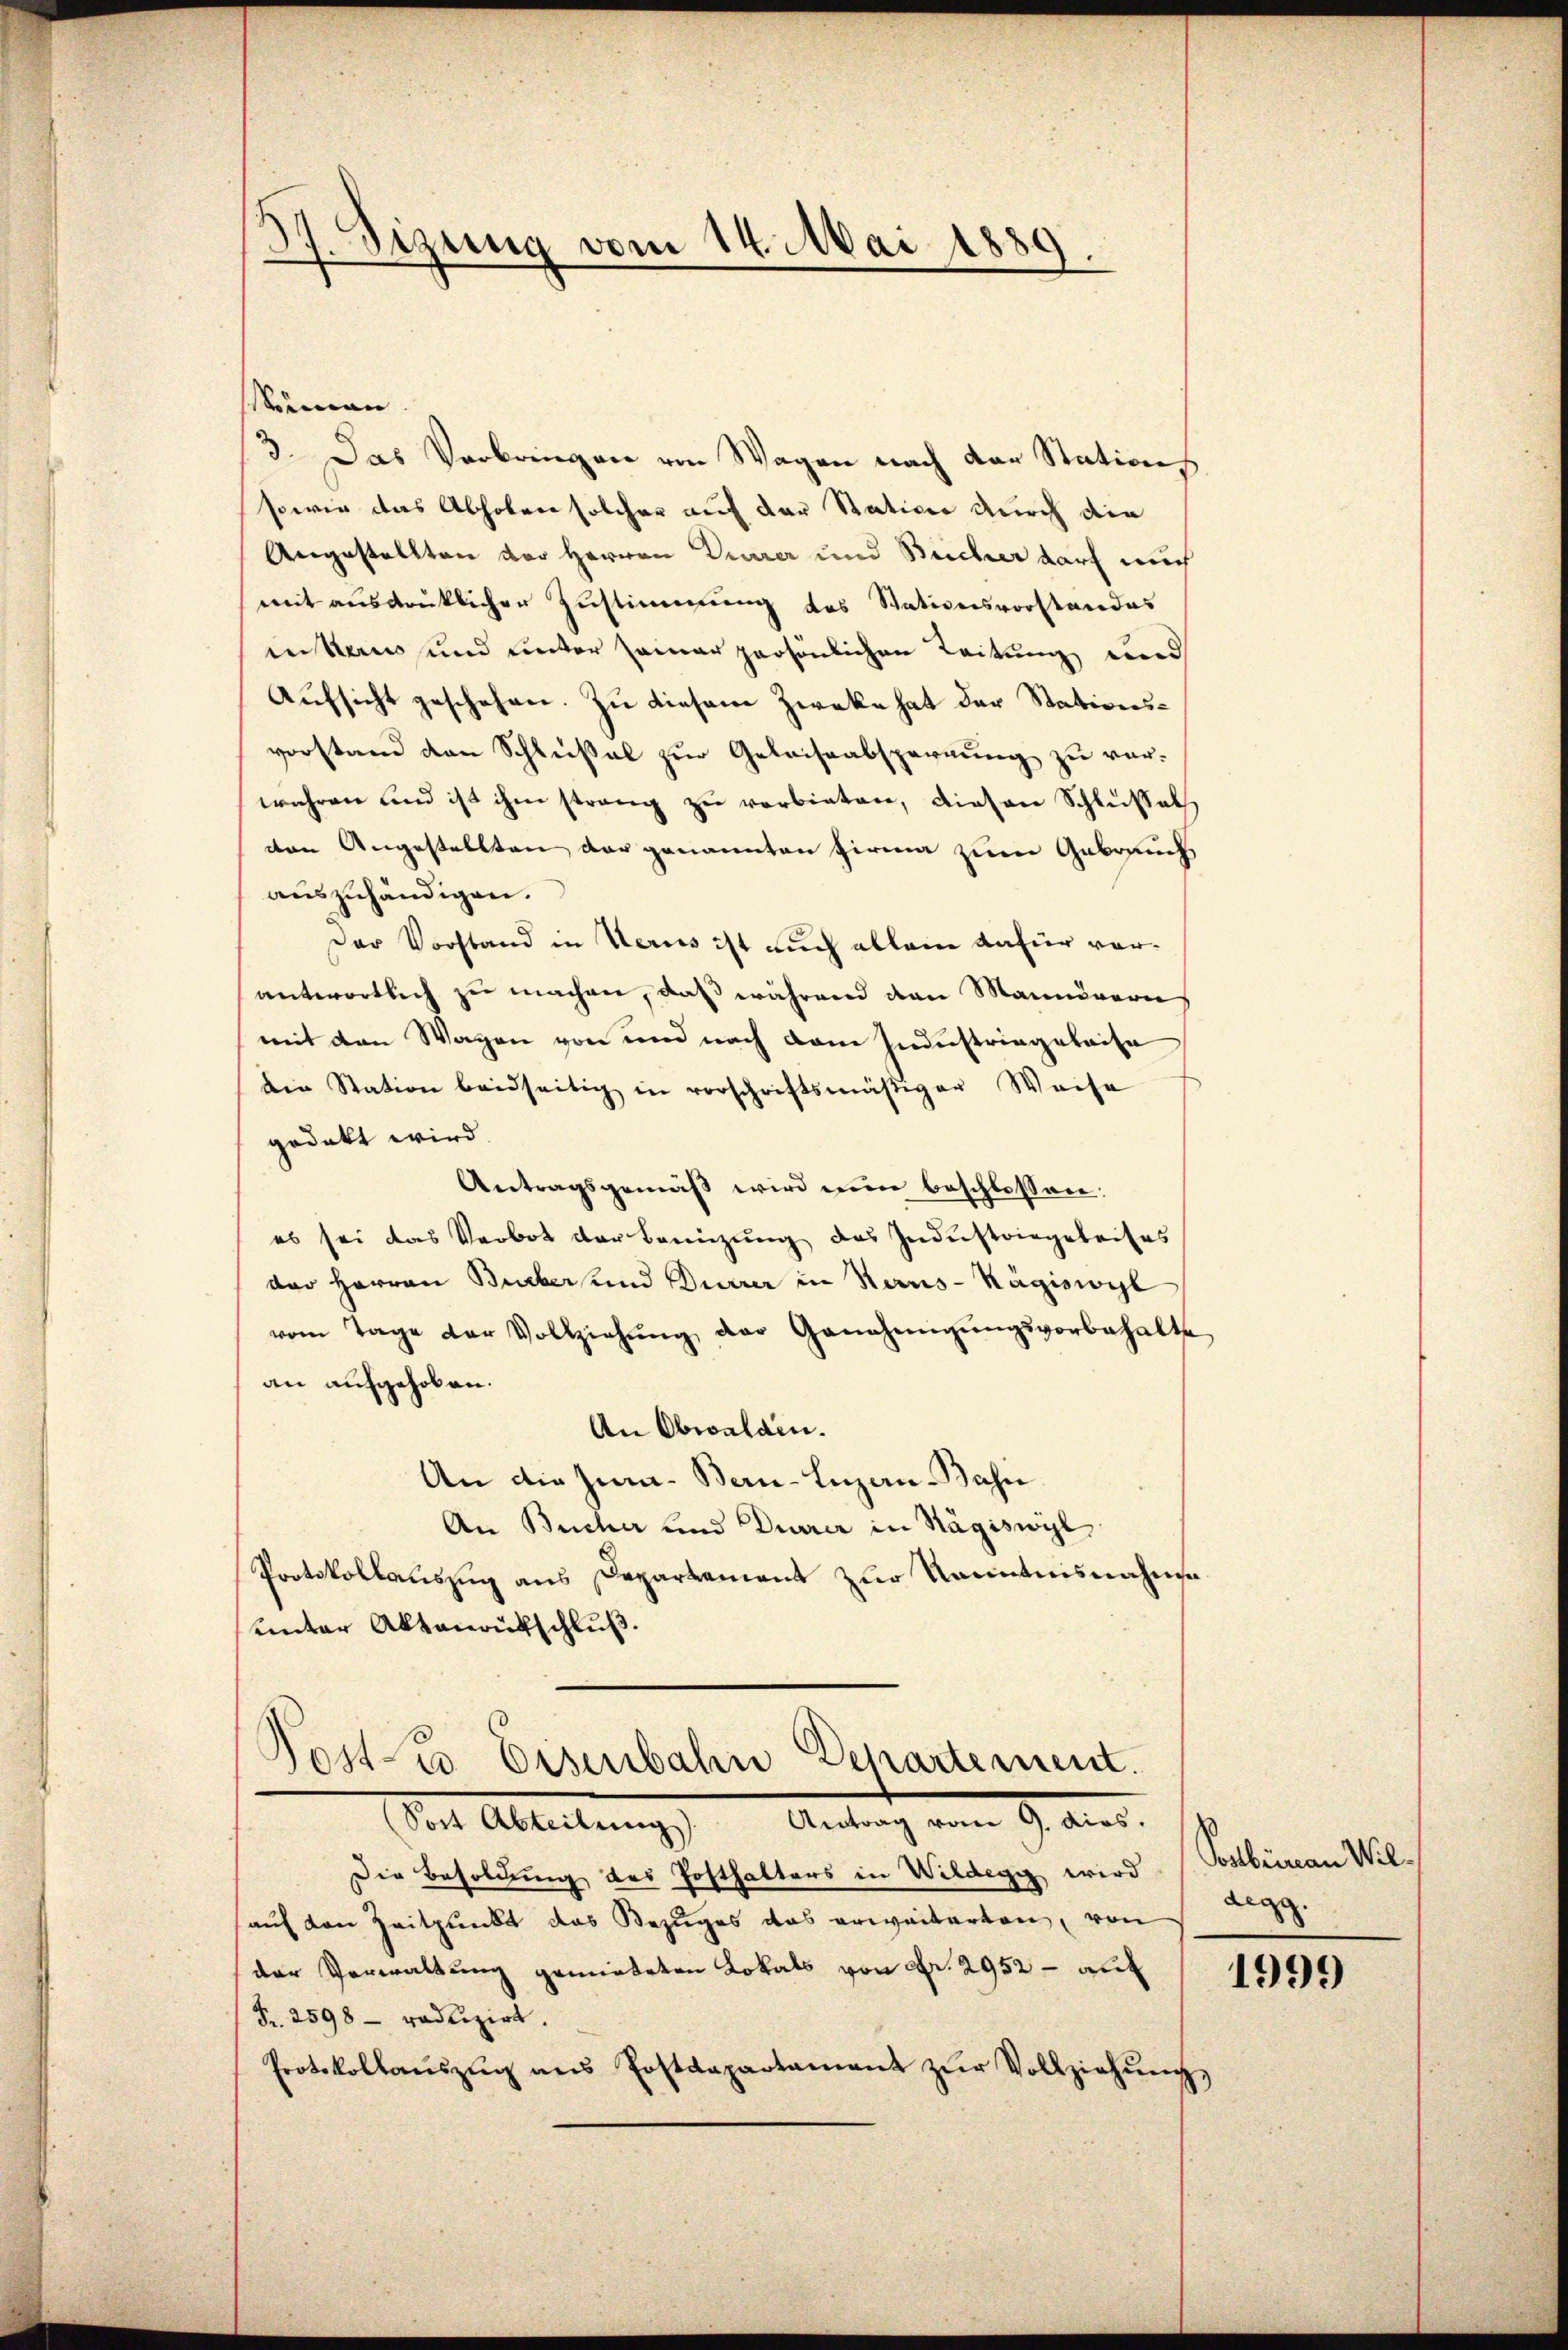
1
Sizung vom 14. Mai 1889.

Mimann
3. Das Verbringen von Wagen nach der Station
sowie das Abholen solcher auf der Station durch die
Angestellten der Herren Diarer und Beicher darf auch
mit ausdrüklicher Zustimmung des Stationsvorstandes
interes und unter seiner persönlichen Leitung und
Aufsicht geschehen. Zu diesem Zwecke hat der Stationsvorstand von Schlüßel zur Geleiseabsperrung zu verwahren und ist ihm strang zu verbieten, diesen Schlusseth
ten Angestellten der genannten Firma zum Gebrauch
auszuhändigen.
Der Vorstand in Verus ist auch allein dafür vorantwortlich zu machen, daß während den Manövern
mit den Wagen von und nach dem Industringelaisa
Die Station beidseitig in vorschriftsmäßiger Weise
gedeckt wird.
Antragsgemäß wird ein beschlossen:
es sei das Verbot der Beizŭng des Industringeleises
der Herren Bueber und Dürrer in Herus-Rägiswyl
vom Tage der Vollziehŭng der Genehmigŭngsvorbehalte
an aufgehoben.
An Obwalden.
An die Jura. Bern-Luzern-Bahn
An Bucher und Durrer in Hägiswyl
Protokollauszug aus Departament zur Kenntnisnahmsaunter Aktenaufschluß.

Post les Eisenbahn Departement.
(Sost Abteilŭng. Antrag vom 9. dies.

Die Besoldung des Posthalters in Wildegg wird (Postbüreau Wil-
auf von Zeitpunkt das Bezuges das erweiterten, von
der Verwaltung gemieteten Lokals von Fr. 2952 - auf
Fr. 2598 - radizirt.
Protokollaŭszŭg ans Postdepartament zŭr Vollziehŭng

degg.

1999